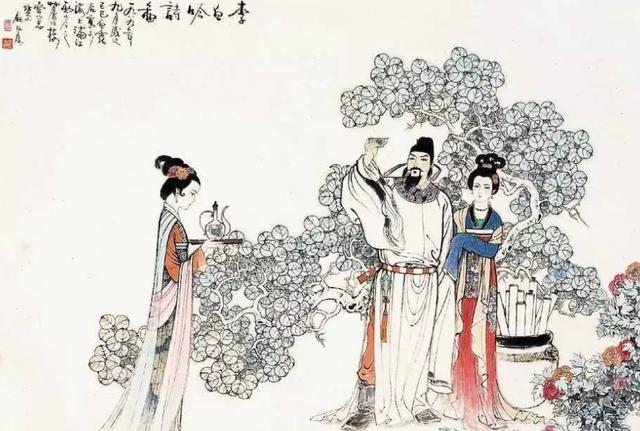
雁尽书难寄，愁多梦不成。